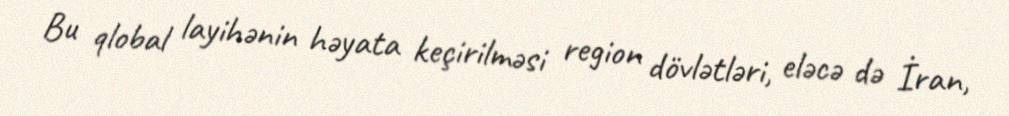
Bu qlobal layihənin həyata keçirilməsi region dövlətləri, eləcə də İran,